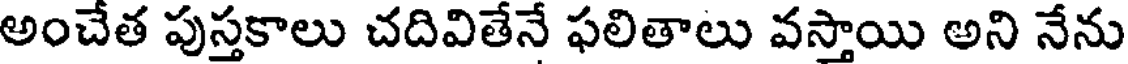
అంచేత పుస్తకాలు చదివితేనే ఫలితాలు వస్తాయి అని నేను